Scottish Certificate of Education, 1962
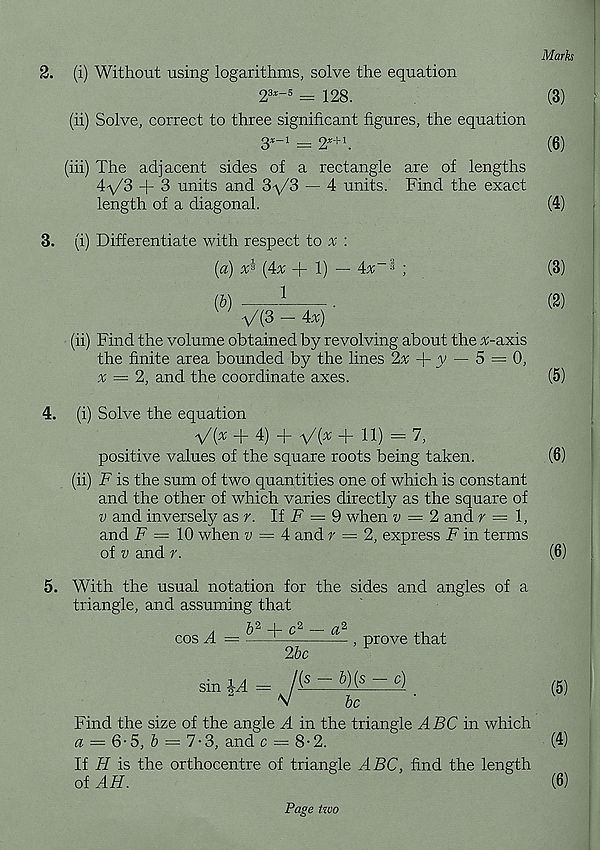
Marks
2. (i) Without using logarithms, solve the equation
2 3x~5 = 128.
(3)
(ii) Solve, correct to three significant figures, the equation
3*- 1 = 2 X+1 .
(6)
(in) The adjacent sides of a rectangle are of lengths
4V3 + ^ units and 3-\/3 — 4 units. Find the exact
length of a diagonal.
(4)
3. (i) Differentiate with respect to x :
(a)
(4a; + 1) — 4a; - -' * ;
(3)
(b)
1
.
(2)
VU - 4x)
(ii) Find the volume obtained by revolving about the A;-axis
the finite area bounded by the lines 2a; + y — 5 = 0,
a; = 2, and the coordinate axes.
(5)
4. (i) Solve the equation
V( x + 4) + V( x + 11) = 7,
positive values of the square roots being taken.
(6)
(ii) F is the sum of two quantities one of which is constant
and the other of which varies directly as the square of
v and inversely as r. If F = 9 when v = 2 and r — 1,
and F = 10 when w = 4 and r — 2, express F in terms
of v and r.
(6)
5. With the usual notation for the sides and angles of a
triangle, and assuming that
7)2 . I ^*2
/y2
cos A — —~
prove that
2bc
sinp= /.( s ~ W - <*) ,
{5 )
V
be
Find the size of the angle A in the triangle ABC in which
a = 6-5, b = 7-3, and c = 8• 2.
If H is the orthocentre of triangle ABC, find the length
of AH.
Page two
(4)
(6)